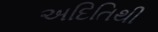
અદિતિથી